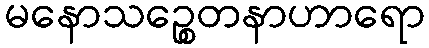
မနောသဉ္စေတနာဟာရော